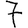
Digit: 7